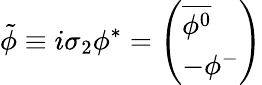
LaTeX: \tilde{\phi}\equiv i\sigma_{2}\phi^{*}=\left(\begin{array}{l}{{\overline{{{\phi^{0}}}}}}\\ {{-\phi^{-}}}\end{array}\right)